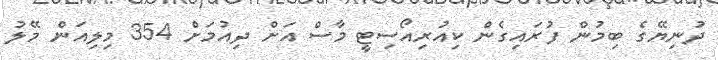
ދުނިޔޭގެ ބިމުން ފުރައިގެން ކިއުރިއޯސިޓީ މާސް އަށް ދިއުމަށް 354 މިލިއަން މޭލު